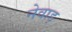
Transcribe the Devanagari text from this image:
नेवाड़